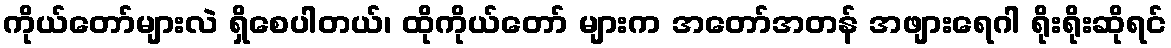
ကိုယ်တော်များလဲ ရှိစေပါတယ်၊ ထိုကိုယ်တော် များက အတော်အတန် အဖျားရေဂါ ရိုးရိုးဆိုရင်